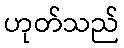
ဟုတ်သည်